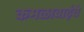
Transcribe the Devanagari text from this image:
कमळाबाईचे